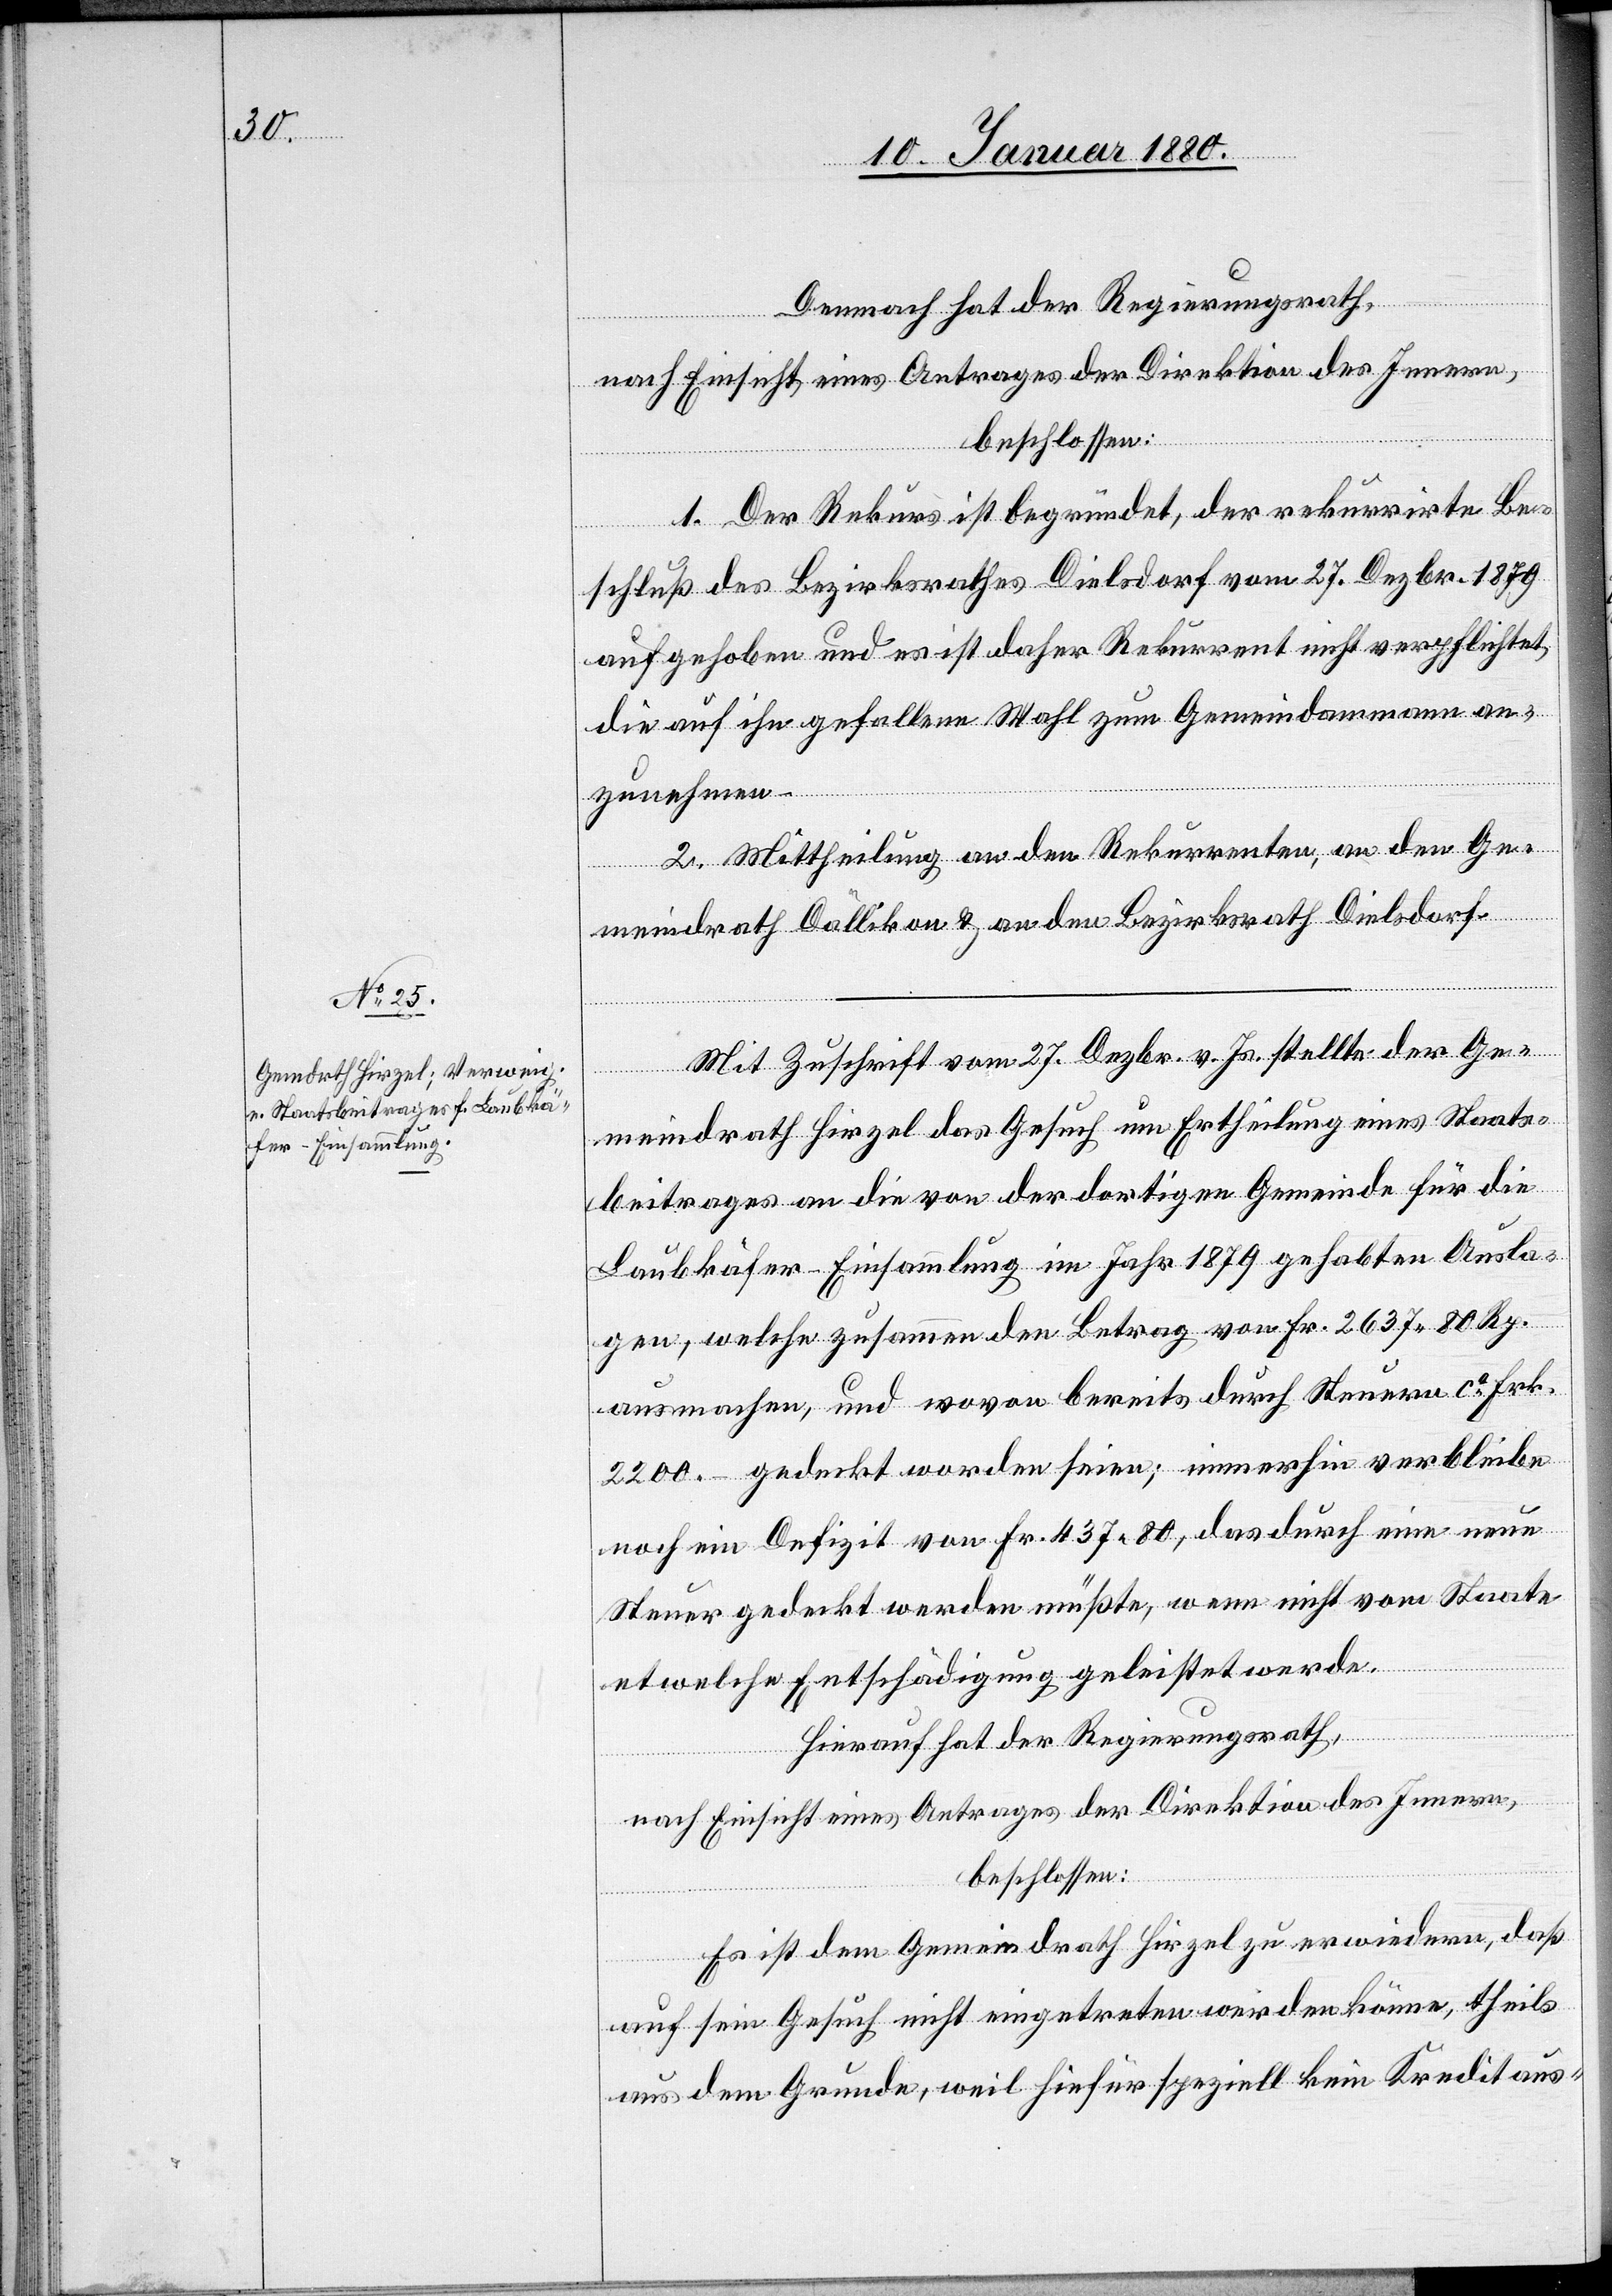
Demnach hat der Regierungsrath,
nach Einsicht eines Antrages der Direktion des Innern,
beschlossen:
1. Der Rekurs ist begründet, der rekurrirte Be¬
schluß des Bezirksrathes Dielsdorf vom 27. Dezbr. 1879
aufgehoben und es ist daher Rekurrent nicht verpflichtet,
die auf ihn gefallene Wahl zum Gemeindammann an¬
zunehmen.
2. Mittheilung an den Rekurrenten, an den Ge¬
meindrath Dällikon & an den Bezirksrath Dielsdorf.
Mit Zuschrift vom 27. Dezbr. v. Js. stellte der Ge¬
meindrath Hirzel das Gesuch um Ertheilung eines Staats¬
beitrages an die von der dortigen Gemeinde für die
Laubkäfer-Einsammlung im Jahr 1879 gehabten Ausla¬
gen, welche zusammen den Betrag von Fr. 2637.80 Rp.
ausmachen, und wovon bereits durch Steuern ca Frk.
2200.– gedeckt worden seien; immerhin verbleibe
noch ein Defizit von Fr. 437.80, das durch eine neue
Steuer gedeckt werden müßte, wenn nicht vom Staate
etwelche Entschädigung geleistet werde.
Hierauf hat der Regierungsrath,
nach Einsicht eines Antrages der Direktion des Innern;
beschlossen:
Es ist dem Gemeindrath Hirzel zu erwiedern, daß
auf sein Gesuch nicht eingetreten werden könne, theils
aus dem Grunde, weil hiefür speziell kein Kredit aus-